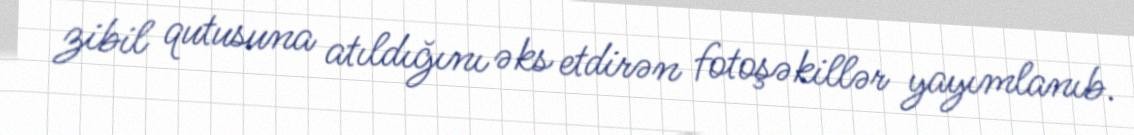
zibil qutusuna atıldığını əks etdirən fotoşəkillər yayımlanıb.